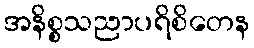
အနိစ္စသညာပရိစိတေန